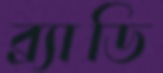
ব্র্যাডি